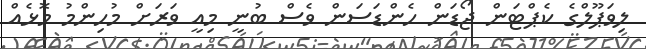
ލިވަޕޫލްގެ ކެޕްޓަން ޖޯޑަން ހެންޑަސަން ވެސް ބުނީ މިއީ ވަރަށް މުހިންމު މޮޅެއް